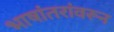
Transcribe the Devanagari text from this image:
भाषांतरांवरून